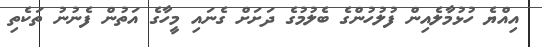
އިއްޔެ ހުޅުމާލެއިން ފުލުހުންގެ ބެލުމުގެ ދަށަށް ގެނައި މީހާގެ އަތުން ފެނުނު ތަކެތި